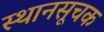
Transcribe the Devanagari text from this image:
स्थानसूचक